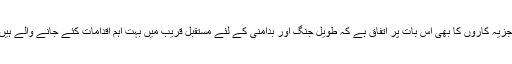
تجزیہ کاروں کا بھی اس بات پر اتفاق ہے کہ طویل جنگ اور بدامنی کے لئے مستقبل قریب میں بہت اہم اقدامات کئے جانے والے ہیں۔